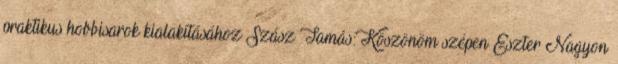
praktikus hobbisarok kialakításához Szász Tamás: Köszönöm szépen Eszter Nagyon